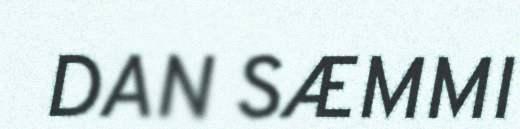
DAN SÆMMI